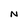
Character: N